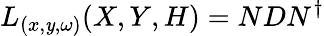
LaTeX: L_{(x,\mathit{y},\omega)}(X,Y,H)=NDN^{\dagger}